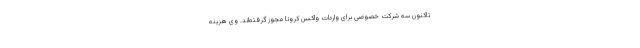
تاکنون سه شرکت خصوصی برای واردات واکسن کرونا مجوز گرفته‌اند. وی هزینه